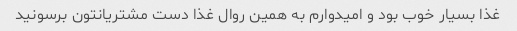
غذا بسیار خوب بود و امیدوارم به همین روال غذا دست مشتریانتون برسونید